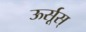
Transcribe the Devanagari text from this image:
ऊर्सूस्